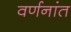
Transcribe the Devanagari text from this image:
वर्णनांत